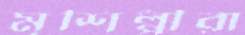
মৃশিল্পীরা